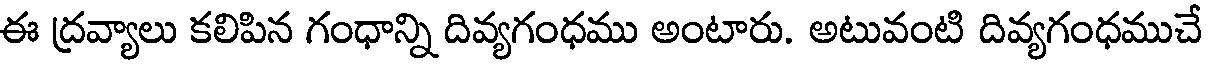
ఈ ద్రవ్యాలు కలిపిన గంధాన్ని దివ్యగంధము అంటారు. అటువంటి దివ్యగంధముచే